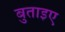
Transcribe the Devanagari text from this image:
बुताइए